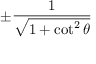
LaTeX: \pm { \frac { 1 } { \sqrt { 1 + \cot ^ { 2 } \theta } } }